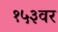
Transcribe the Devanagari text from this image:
१५३वर